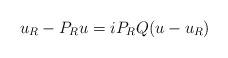
LaTeX: \begin{align*}u_R-P_Ru = iP_RQ(u-u_R)\end{align*}